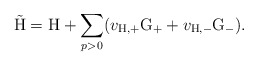
\begin{align*}\tilde{\rm H} = {\rm H} + \sum_{p>0} ( v_{\rm H,+} {\rm G}_{+} + v_{\rm H,-} {\rm G}_{-}) .\end{align*}